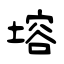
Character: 塎